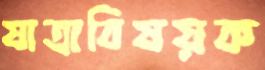
যাত্রাবিষয়ক